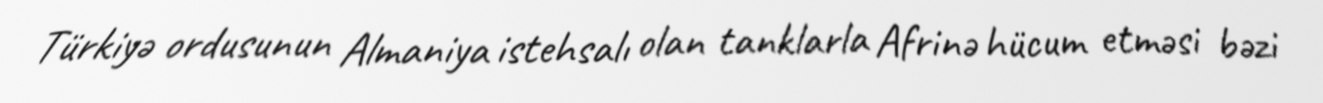
Türkiyə ordusunun Almaniya istehsalı olan tanklarla Afrinə hücum etməsi bəzi